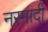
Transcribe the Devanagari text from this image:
नरमादी